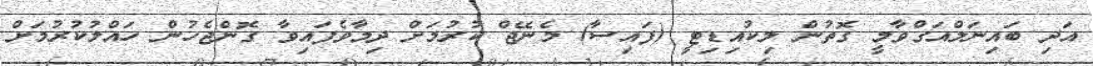
އަދި ބައިނަލްއަގްވާމީ ގޮތުން ލިކުއިޑިޓީ (ފައިސާ) މެނޭޖް ކުރުމަށް ދިމާވެފައިވާ ގޮންޖެހުން ހައްލުކުރުމަށް